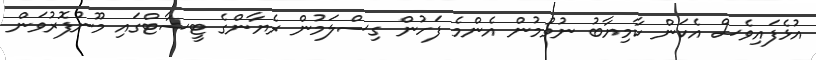
އުޅެފައިވެސް އެކަން ކާމިޔާބު ނުވުމުން އެންމެ ފަހުން ގިސްލަމުން ރެޔާންގެ ޓީޝާޓްގައި މޫނުފޮރުވަން